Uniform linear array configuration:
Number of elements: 16
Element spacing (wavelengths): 0.5
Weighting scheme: uniform
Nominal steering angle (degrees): -30
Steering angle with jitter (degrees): -28.226
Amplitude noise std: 0.05
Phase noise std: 0.05

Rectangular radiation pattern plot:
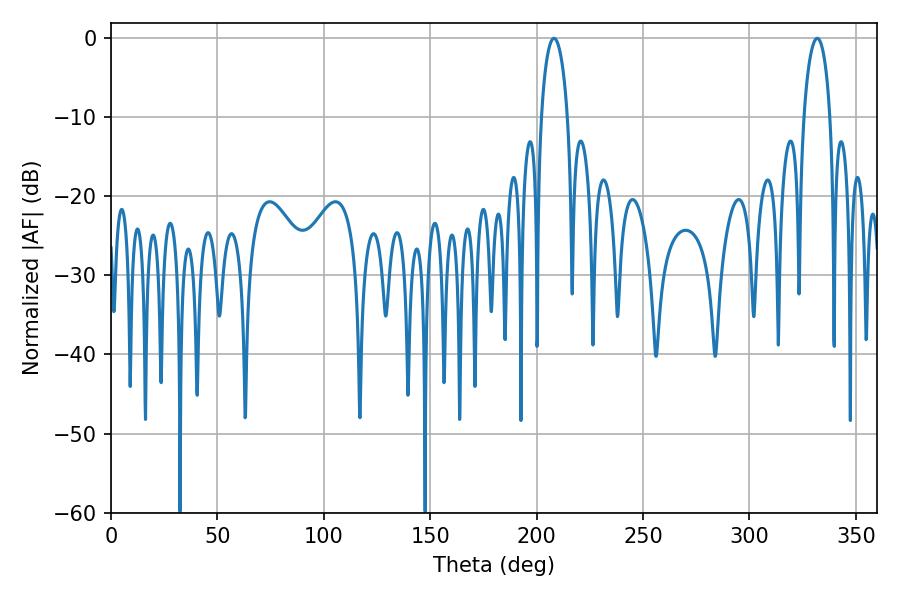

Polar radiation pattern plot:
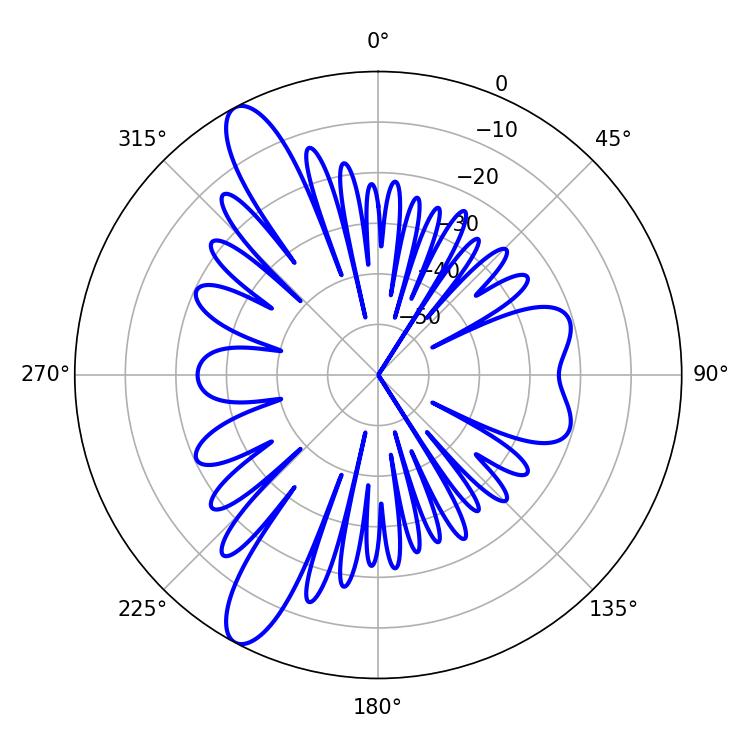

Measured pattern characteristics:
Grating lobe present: FALSE
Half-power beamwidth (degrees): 7.02
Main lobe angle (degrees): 208.08